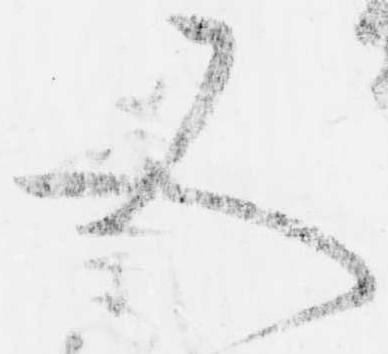
又